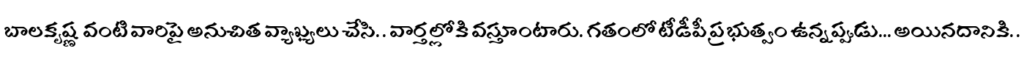
బాలకృష్ణ వంటి వారిపై అనుచిత వ్యాఖ్యలు చేసి. . వార్తల్లోకి వస్తూంటారు. గతంలో టీడీపీ ప్రభుత్వం ఉన్నప్పుడు... అయినదానికి. .